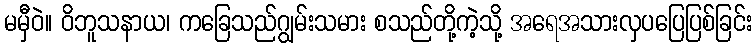
မမှီဝဲ။ ဝိဘူသနာယ၊ ကခြေသည်ဂျွမ်းသမား စသည်တို့ကဲ့သို့ အရေအသားလှပပြေပြစ်ခြင်း